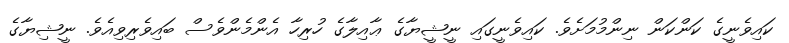
ކައިވެނީގެ ކަންކަން ނިންމުމަށެވެ. ކައިވެނީގައި ނީޝީޔާގެ ޢާއިލާގެ ހުރިހާ އެންމެންވެސް ބައިވެރިވިއެެވެ. ނީޝިޔާގެ